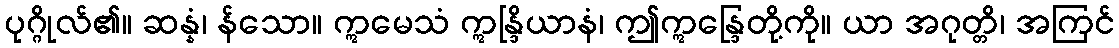
ပုဂ္ဂိုလ်၏။ ဆန္နံ၊ န်သော။ ဣမေသံ ဣန္ဒြိယာနံ၊ ဤဣန္ဒြေတို့ကို။ ယာ အဂုတ္တိ၊ အကြင်